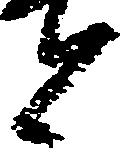
上